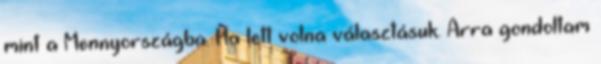
mint a Mennyországba. Ha lett volna választásuk. Arra gondoltam